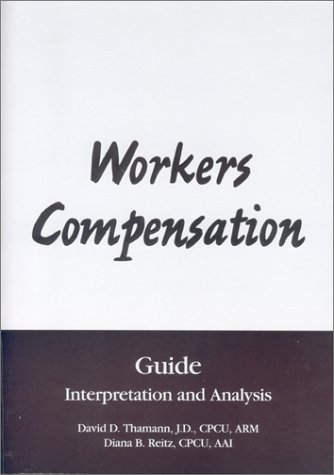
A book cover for Workers Compensation Guide: Interpretation and Analysis; Susan L. Massmann; Business & Money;